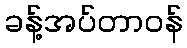
ခန့်အပ်တာဝန်